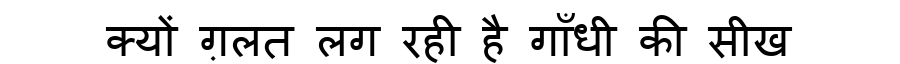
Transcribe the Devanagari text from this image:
क्यों ग़लत लग रही है गाँधी की सीख